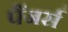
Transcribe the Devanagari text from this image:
पैंजर्स